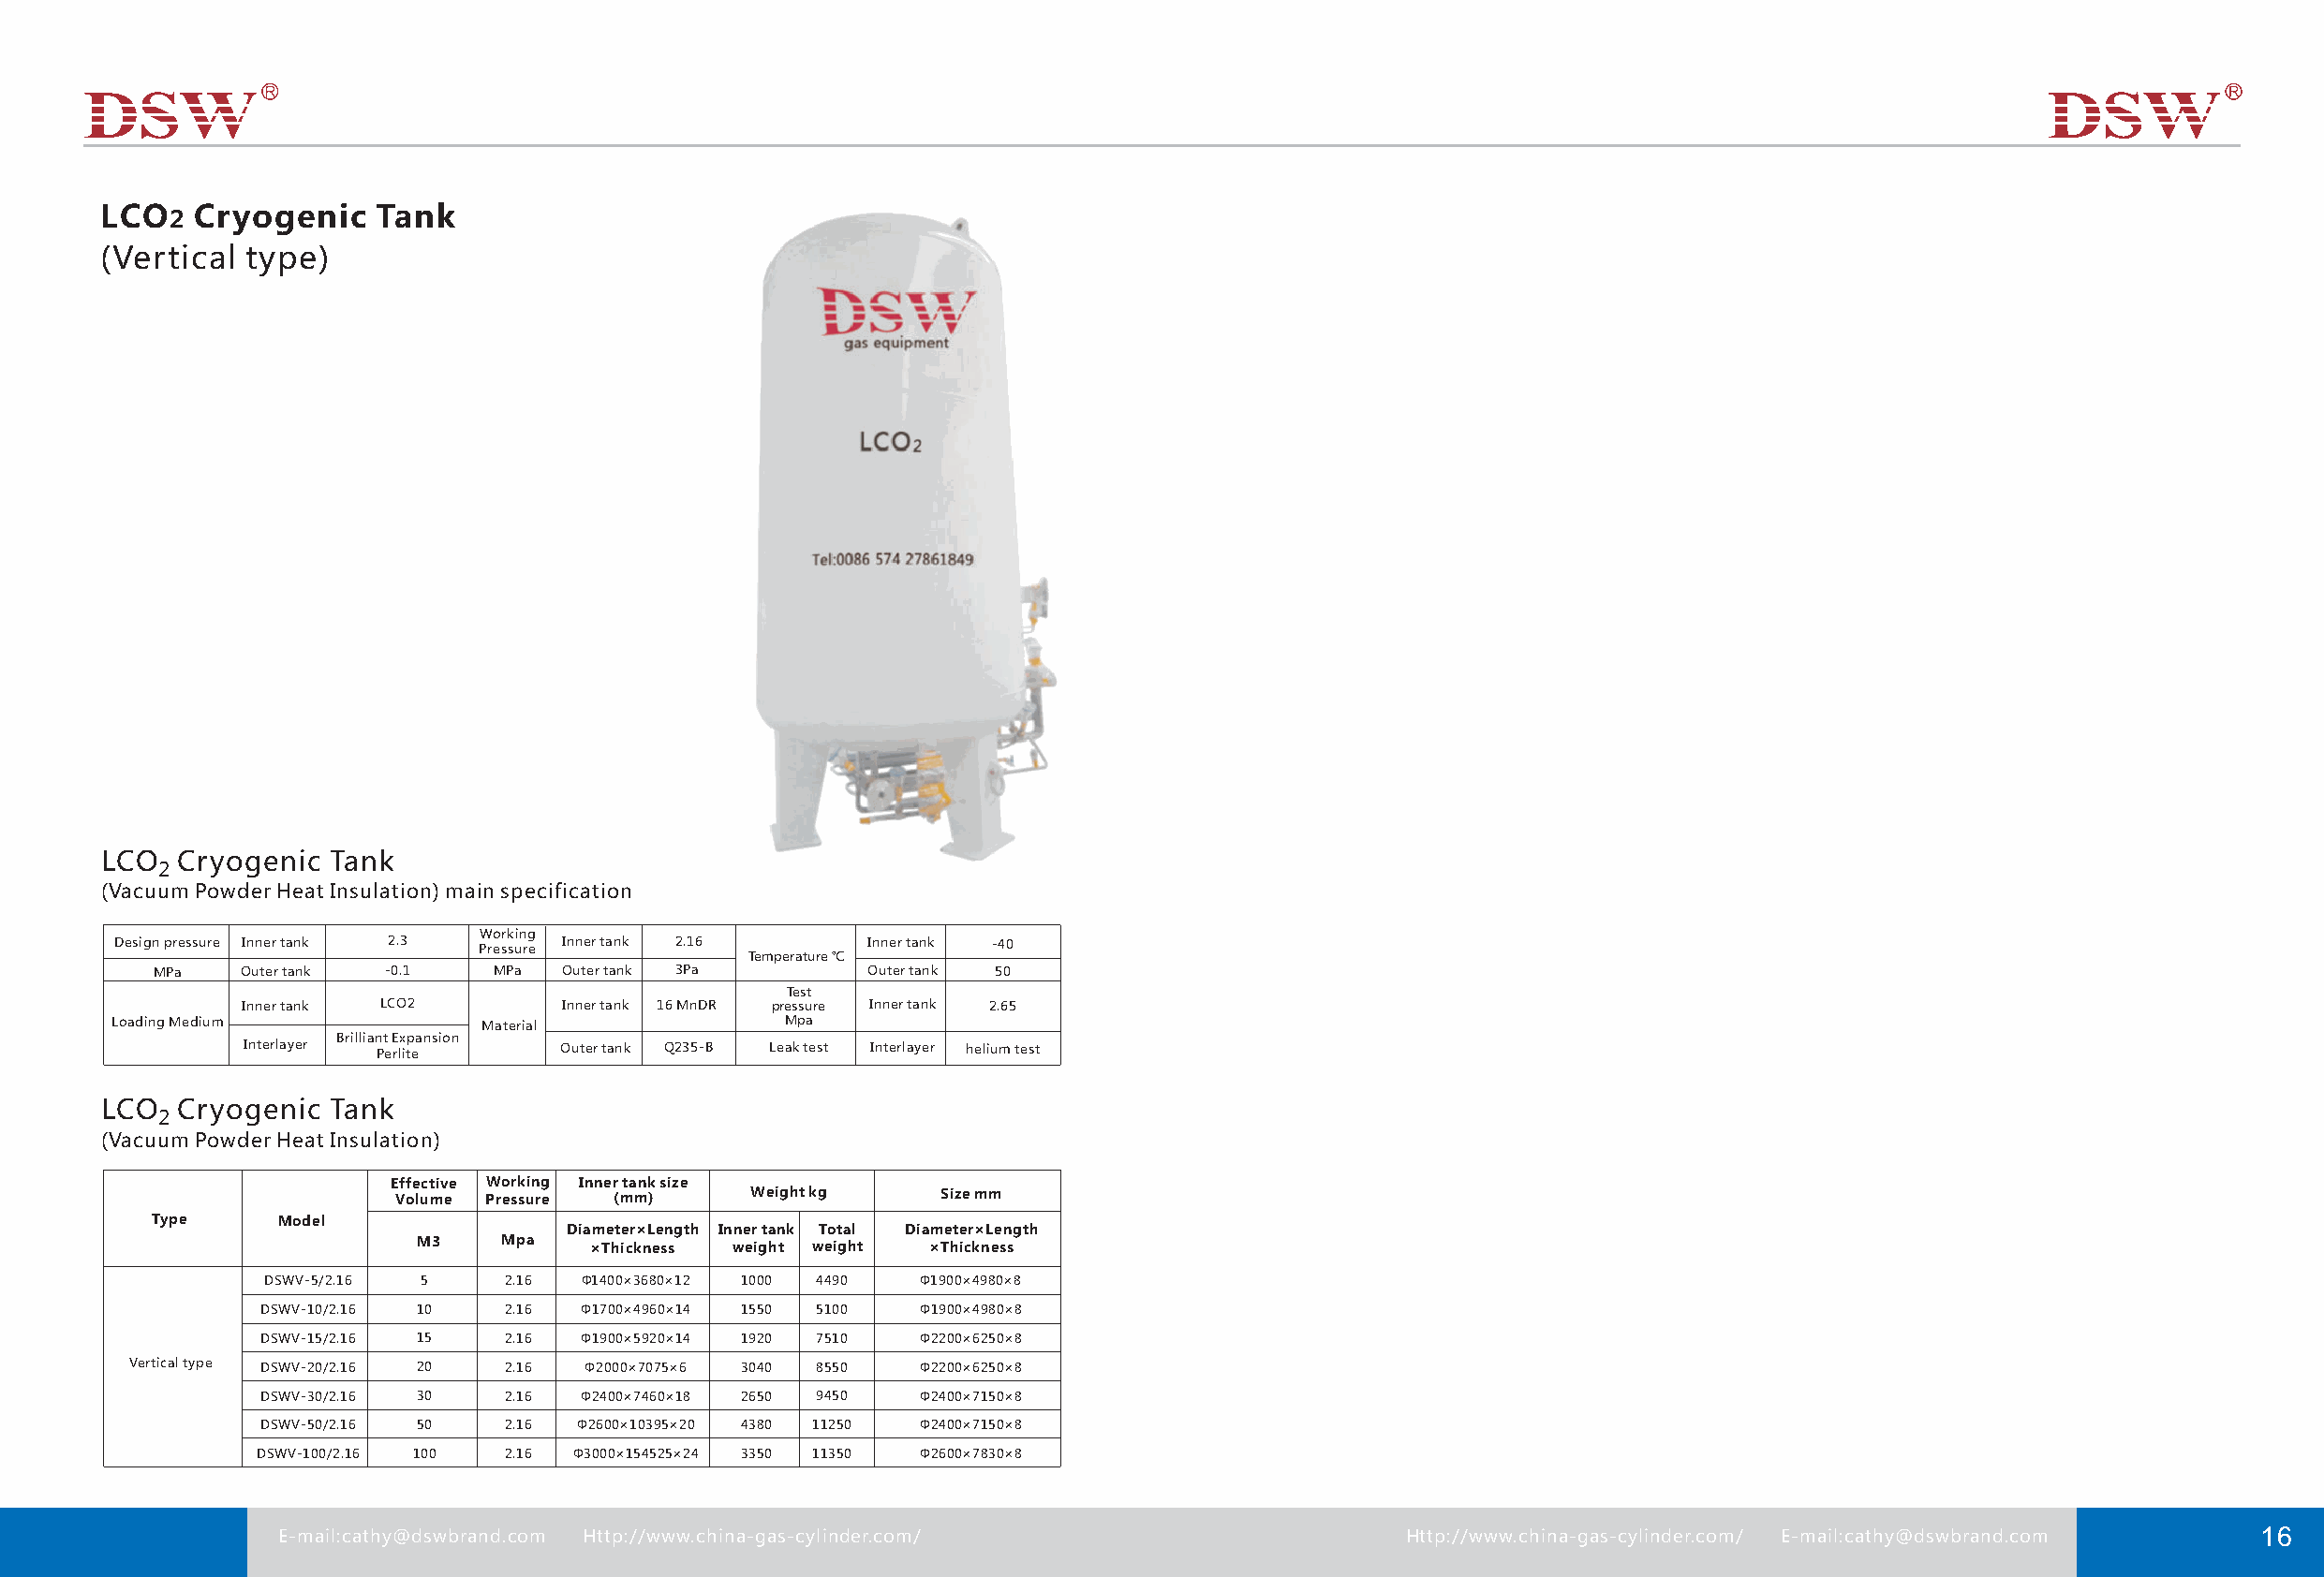
LCO2   Cryogenic    Tank
 (Vertical type)
 LCO   Cryogenic Tank
 2
 (Vacuum Powder Heat Insulation) main specification
 Working
 Design pressure Inner tank 2.3 Pressure Inner tank 2.16 Inner tank -40
 Temperature ℃
 MPa   Outer tank -0.1   MPa  Outer tank 3Pa       Outer tank 50
 Test
 Inner tank LCO2        Inner tank 16 MnDR pressure Inner tank 2.65
 Loading Medium            Material             Mpa
 Brilliant Expansion
 Interlayer Perlite     Outer tank Q235-B Leak test Interlayer helium test
 LCO   Cryogenic Tank
 2
 (Vacuum Powder Heat Insulation)
 Effective Working Inner tank size
 Volume Pressure (mm)     Weight kg    Size mm
 Type     Model
 Diameter×Length Inner tank Total Diameter×Length
 M3    Mpa    ×Thickness weight weight ×Thickness
 DSWV-5/2.16 5    2.16 Φ1400×3680×12 1000 4490 Φ1900×4980×8
 DSWV-10/2.16 10   2.16 Φ1700×4960×14 1550 5100 Φ1900×4980×8
 DSWV-15/2.16 15   2.16 Φ1900×5920×14 1920 7510 Φ2200×6250×8
 Vertical type DSWV-20/2.16 20 2.16 Φ2000×7075×6 3040 8550 Φ2200×6250×8
 DSWV-30/2.16 30   2.16 Φ2400×7460×18 2650 9450 Φ2400×7150×8
 DSWV-50/2.16 50   2.16 Φ2600×10395×20 4380 11250 Φ2400×7150×8
 DSWV-100/2.16 1 00 2.16 Φ3000×154525×24 3350 1 1350 Φ2600×7830×8
 E-mail:cathy@dswbrand.com Http://www.china-gas-cylinder.com/                   Http://www.china-gas-cylinder.com/ E-mail:cathy@dswbrand.com 16